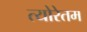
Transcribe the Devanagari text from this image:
त्योरेतम